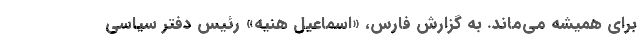
برای همیشه می‌ماند. به گزارش فارس، «اسماعیل هنیه» رئیس دفتر سیاسی